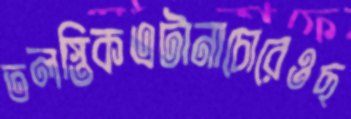
তলস্তিকএটানাচোরেওছ